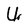
Character: U